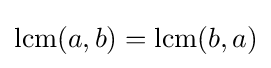
\operatorname {lcm} (a,b)=\operatorname {lcm} (b,a)